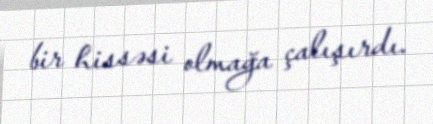
bir hissəsi olmağa çalışırdı.